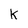
Character: K